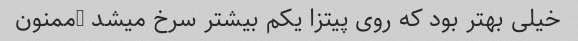
خیلی بهتر بود که روی پیتزا یکم بیشتر سرخ میشد …ممنون